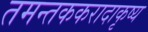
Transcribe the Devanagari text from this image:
तमन्तककरादाकृष्य